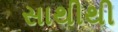
સાથીથી